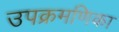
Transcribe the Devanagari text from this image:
उपक्रमणिका